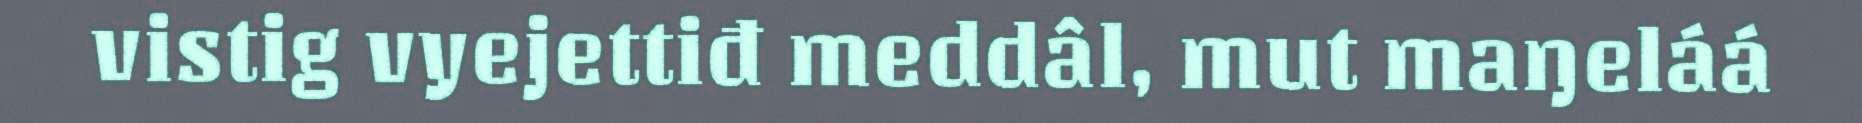
vistig vyejettiđ meddâl, mut maŋeláá